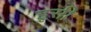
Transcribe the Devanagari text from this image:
इृसी